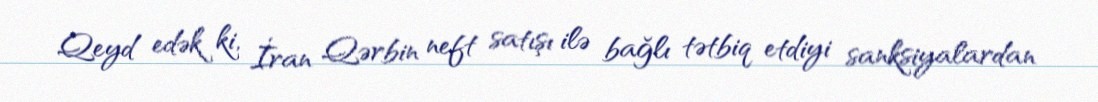
Qeyd edək ki, İran Qərbin neft satışı ilə bağlı tətbiq etdiyi sanksiyalardan